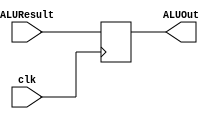
`timescale 1ns / 1ps
//////////////////////////////////////////////////////////////////////////////////
// Company: 
// Engineer: 
// 
// Design Name: 
// Module Name:    aluout 
// Project Name: 
// Target Devices: 
// Tool versions: 
// Description: 
//
// Dependencies: 
//
// Revision: 
// Revision 0.01 - File Created
// Additional Comments: 
//
//////////////////////////////////////////////////////////////////////////////////
module aluout(
    input clk,
    input [31:0]ALUResult,
    output reg[31:0]ALUOut
    );
always@(posedge clk)
begin
	ALUOut<=ALUResult;
end

endmodule